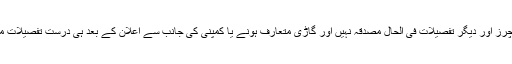
یاد رہے کہ یہ فیچرز اور دیگر تفصیلات فی الحال مصدقہ نہیں اور گاڑی متعارف ہونے یا کمپنی کی جانب سے اعلان کے بعد ہی درست تفصیلات معلوم ہوسکیں گی۔